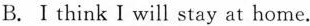
B. I think I will stay at home.